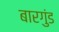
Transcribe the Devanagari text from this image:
बारगुंड